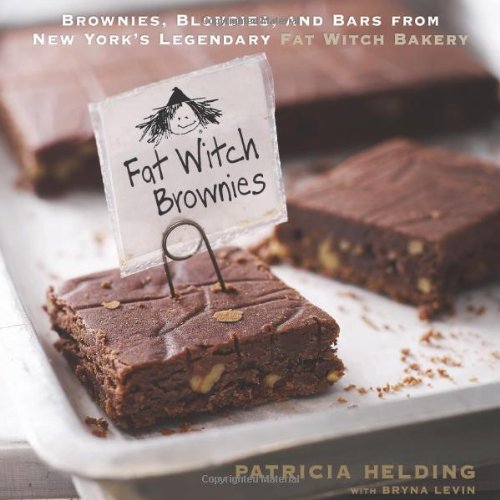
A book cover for Fat Witch Brownies: Brownies, Blondies, and Bars from New York's Legendary Fat Witch Bakery; Patricia Helding; Cookbooks, Food & Wine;